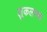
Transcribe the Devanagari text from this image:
लुकलाच्या